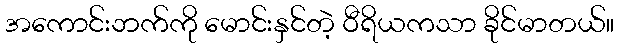
အကောင်းဘက်ကို မောင်းနှင်တဲ့ ဝီရိယကသာ ခိုင်မာတယ်။